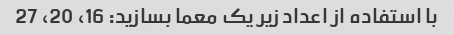
با استفاده از اعداد زیر یک معما بسازید: 16، 20، 27